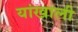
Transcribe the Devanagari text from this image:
यांखाली